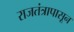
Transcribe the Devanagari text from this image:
राजतंत्रापासून